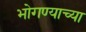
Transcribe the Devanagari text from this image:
भोगण्याच्या